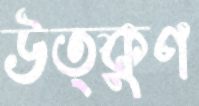
উত্কুণ